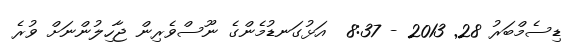
ޑިސެމްބަރު 28